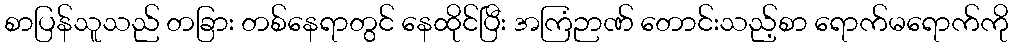
စာပြန်သူသည် တခြား တစ်နေရာတွင် နေထိုင်ပြီး အကြံဉာဏ် တောင်းသည့်စာ ရောက်မရောက်ကို